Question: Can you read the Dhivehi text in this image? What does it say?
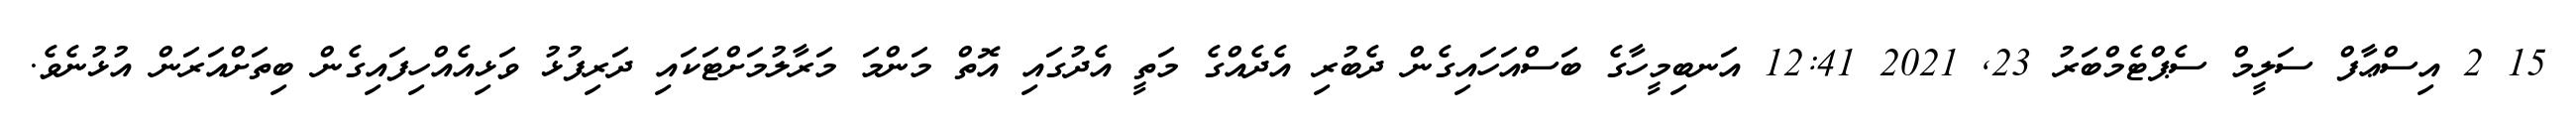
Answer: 15 2 އިސްޢާފް ސަލީމް ސެޕްޓެމްބަރު 23, 2021 12:41 އަނބިމީހާގެ ބަސްއަހައިގެން ދެބުރި އެދެއްގެ މަތީ އެދުގައި އޮތް މަންމަ މަރާލުމަށްޓަކައި ދަރިފުޅު ވަޅިއެއްހިފައިގެން ބިތަށްއަރަން އުޅުނެވެ.